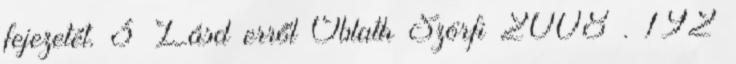
fejezetét. 3 Lásd erről Oblath Szörfi 2008 . 192